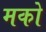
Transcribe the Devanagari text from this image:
मको